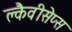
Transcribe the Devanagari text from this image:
क्लैवीसेप्स